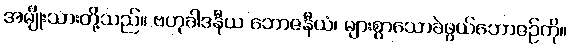
အမျိုးသားတို့သည်။ ဗဟုခါဒနီယ ဘောဇနီယံ၊ များစွာသောခဲဖွယ်ဘောဇဉ်ကို။